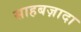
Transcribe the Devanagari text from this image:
साहबज़ादा